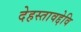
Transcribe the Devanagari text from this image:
देहस्तावद्देवि